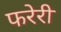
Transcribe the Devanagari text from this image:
फरेरी